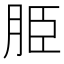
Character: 𦚠